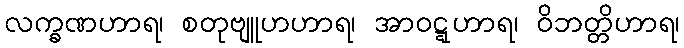
လက္ခဏဟာရ၊ စတုဗျူဟဟာရ၊ အာဝဋ္ဋဟာရ၊ ဝိဘတ္တိဟာရ၊